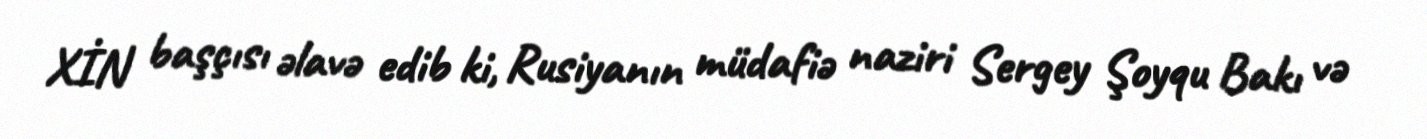
XİN başçısı əlavə edib ki, Rusiyanın müdafiə naziri Sergey Şoyqu Bakı və